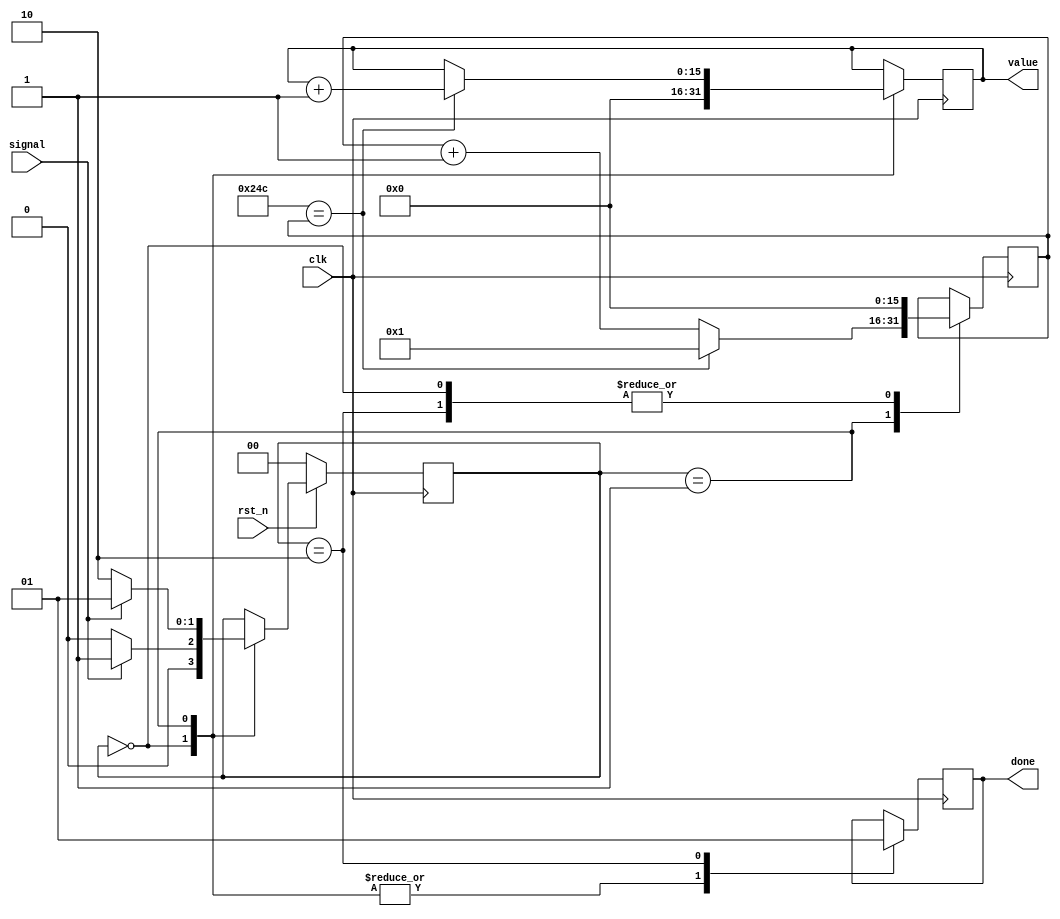
module ultrasonic #( parameter N = 16 , CONSTANT = 20'd588 ) ( 
    input clk,
    input signal,
    input rst_n,
    output reg [N-1:0] value , 
    output reg done 
    );
    reg [1:0]	state ;
    reg [N-1:0] count_1 ;
    parameter S0 = 2'b00 ;
    parameter S1 = 2'b01 ;
    parameter S2 = 2'b10 ;
    always @ ( negedge clk ) 
        if ( ~rst_n )
            state <= S0 ;
        else
            case ( state ) 
                S0 : 
                    if ( signal )
                        state <= S1 ;
                    else 
                        state <= S0 ;
                S1 :
                    if ( ~signal )
                        state <= S2 ;
                    else
                        state <= S1 ;
            endcase
    always @( posedge clk )
        case ( state ) 
            S0 : begin
                count_1 <= 0 ;
                value <= 0 ;
                done <= 0 ;
            end S1 : begin
                if ( CONSTANT == count_1 ) begin
                    count_1 <= 1 ;
                    value <= value + 1'b1 ;
                    done <= 0 ; 
                end else begin  
                    count_1 <= count_1 + 1'b1 ;
                    value <= value ;
                    done <= 0 ;
                end
            end S2 : begin
                count_1 <= 0 ;
                value <= value ;
                done <= 1 ;
            end
        endcase
endmodule